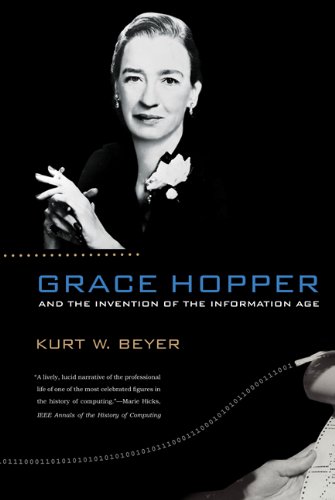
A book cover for Grace Hopper and the Invention of the Information Age (Lemelson Center Studies in Invention and Innovation series); Kurt W. Beyer; Computers & Technology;